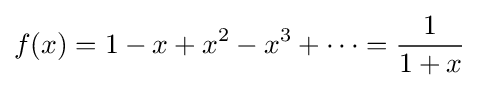
f(x)=1-x+x^{2}-x^{3}+\cdots ={\frac {1}{1+x}}